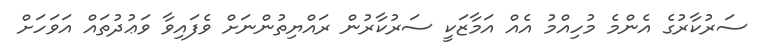
ސަރުކާރުގެ އެންމެ މުހިއްމު އެއް އަމާޒަކީ ސަރުކާރުން ރައްޔިތުންނަށް ވެފައިވާ ވަޢުދުތައް އަވަހަށް